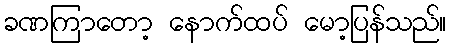
ခဏကြာတော့ နောက်ထပ် မော့ပြန်သည်။